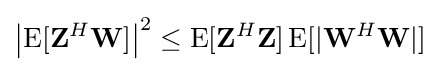
\left|\operatorname {E} [\mathbf {Z} ^{H}\mathbf {W} ]\right|^{2}\leq \operatorname {E} [\mathbf {Z} ^{H}\mathbf {Z} ]\operatorname {E} [|\mathbf {W} ^{H}\mathbf {W} |]